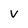
Character: V